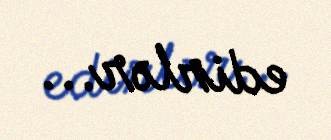
edirlər...